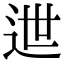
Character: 迣